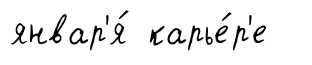
январ'я́ карье́р'е